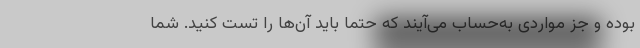
بوده و جز مواردی به‌حساب می‌آیند که حتما باید آن‌ها را تست کنید. شما